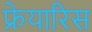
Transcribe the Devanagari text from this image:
फ्रेयारिस